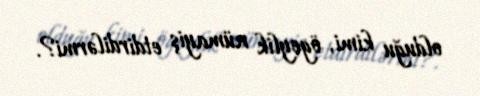
olduğu kimi, ögeylik nümayiş etdirdilərmi?.